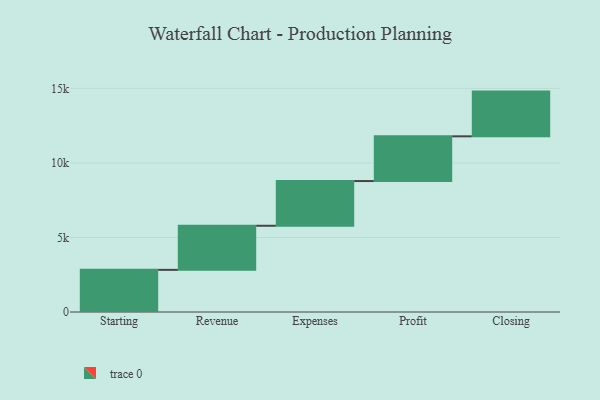
{"axis": {"x": "Step", "y": "Value"}, "legend": [""], "data": [{"x": "Starting", "y": 2827.0, "type": ""}, {"x": "Revenue", "y": 2958.0, "type": ""}, {"x": "Expenses", "y": 3000, "type": ""}, {"x": "Profit", "y": 3000, "type": ""}, {"x": "Closing", "y": 3000, "type": ""}]}